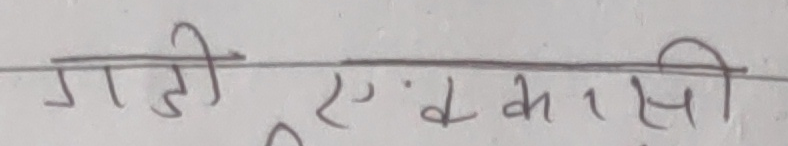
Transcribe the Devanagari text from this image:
गाजी ए.के. कासि